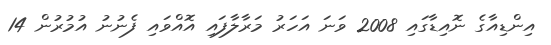
އިންޑިއާގެ ނޮއިޑާގައި 2008 ވަނަ އަހަރު މަރާލާފައި އޮއްވައި ފެނުނު އުމުރުން 14